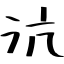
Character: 沆